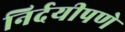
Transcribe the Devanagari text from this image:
निर्दयीपणे